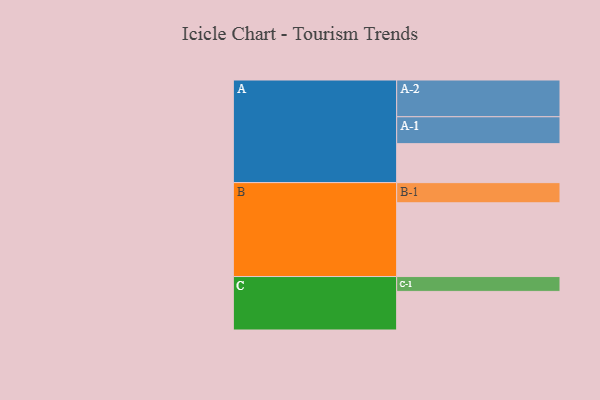
{"axis": {"x": "Segment", "y": "Value"}, "legend": ["", "A", "B", "C"], "data": [{"x": "A", "y": 317, "type": ""}, {"x": "B", "y": 600, "type": ""}, {"x": "C", "y": 314, "type": ""}, {"x": "A-1", "y": 219, "type": "A"}, {"x": "A-2", "y": 299, "type": "A"}, {"x": "B-1", "y": 164, "type": "B"}, {"x": "C-1", "y": 121, "type": "C"}]}